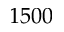
1 5 0 0